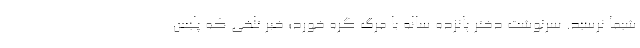
شیما نرسید. سرنوشت دختر پانزده ساله با مرگ گره خورد؛ خبر تلخی که پلیس